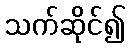
သက်ဆိုင်၍